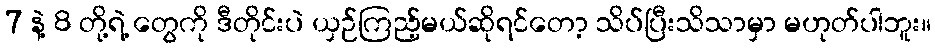
7 နဲ့ 8 တို့ရဲ့ တွေကို ဒီတိုင်းပဲ ယှဉ်ကြည့်မယ်ဆိုရင်တော့ သိပ်ပြီးသိသာမှာ မဟုတ်ပါဘူး။